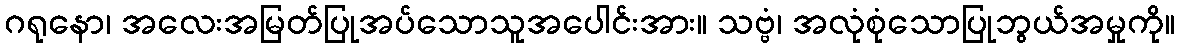
ဂရုနော၊ အလေးအမြတ်ပြုအပ်သောသူအပေါင်းအား။ သဗ္ဗံ၊ အလုံစုံသောပြုဘွယ်အမှုကို။